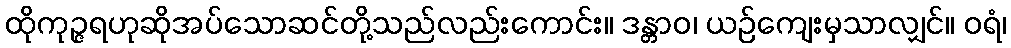
ထိုကုဉ္ဇရဟုဆိုအပ်သောဆင်တို့သည်လည်းကောင်း။ ဒန္တာဝ၊ ယဉ်ကျေးမှသာလျှင်။ ဝရံ၊